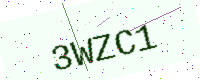
Text: 3WZC1